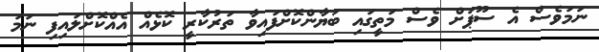
ނަމަވެސް އެ ސޫޕަށް ވެސް މަތީގައި ބަޔާންކޮށްފައިވާ ތަރުކާރީ ކޮޅެއް އެއްކޮށްލައިފި ނަމަ